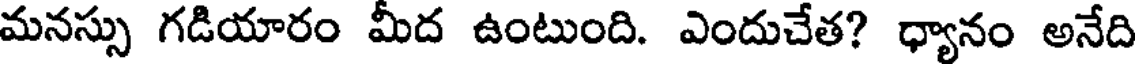
మనస్సు గడియారం మీద ఉంటుంది. ఎందుచేత? ధ్యానం అనేది